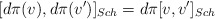
\begin{align*}[d\pi(v), d\pi(v^{\prime})]_{Sch}=d\pi[v, v^{\prime}]_{Sch}\end{align*}